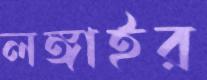
লঙ্গাইর